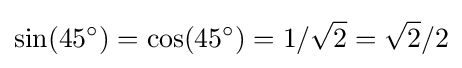
\sin(45^{\circ })=\cos(45^{\circ })=1/{\sqrt {2}}={\sqrt {2}}/2